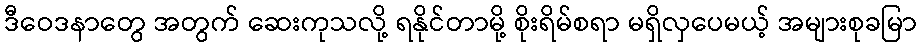
ဒီဝေဒနာတွေ အတွက် ဆေးကုသလို့ ရနိုင်တာမို့ စိုးရိမ်စရာ မရှိလှပေမယ့် အများစုခမြာ